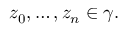
z _ { 0 } , \ldots , z _ { n } \in \gamma .